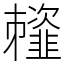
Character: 䪣